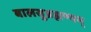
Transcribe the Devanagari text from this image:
बालसुब्रह्मण्यम्